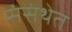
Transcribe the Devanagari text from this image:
संसंथेत